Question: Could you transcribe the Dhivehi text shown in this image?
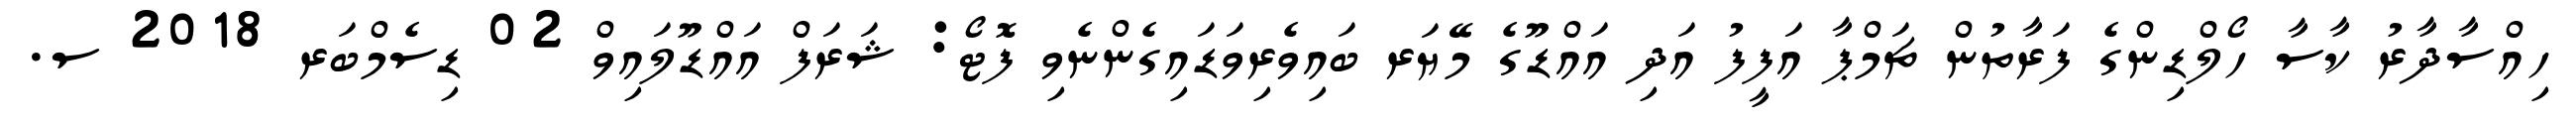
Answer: ހިއްސާދާރު ކާސާ ހޯލްޑިންގެ ފަރާތުން ޗަމްޕާ އަފީފު އަދި އައްޑޫގެ މޭޔަރ ބައިވެރިވަޑައިގެންނެވި ފޮޓޯ: ޝަރަފް އައްޑޫލައިވް 02 ޑިސެމްބަރ 2018 ސ.